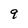
Character: 9